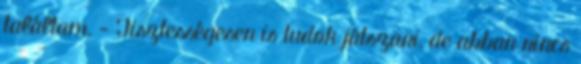
találtam. - Tisztességesen is tudok játszani, de abban nincs